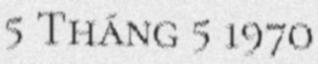
5 Tháng 5 1970